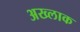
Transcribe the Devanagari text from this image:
अख्लाक